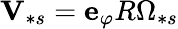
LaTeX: \mathbf{V}_{\ast s}=\mathbf{e}_{\varphi}R\Omega_{\ast s}